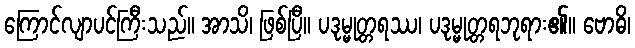
ကြောင်လျာပင်ကြီးသည်။ အာသိ၊ ဖြစ်ပြီ။ ပဒုမ္မုတ္တရဿ၊ ပဒုမ္မုတ္တရဘုရား၏။ ဗောဓိ၊